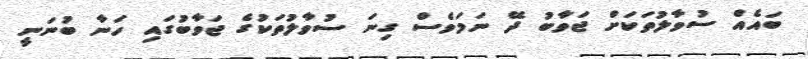
ބައެއް ސުވާލުތަކަށް ޖަވާބު ދޭ ނަމަވެސް ގިނަ ސުވާލުތަކުގެ ޖަވާބުގައި ހަނާ ބުނަނީ